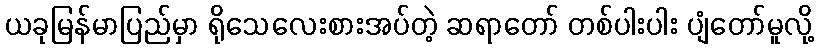
ယခုမြန်မာပြည်မှာ ရိုသေလေးစားအပ်တဲ့ ဆရာတော် တစ်ပါးပါး ပျံတော်မူလို့